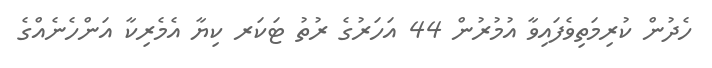
ހެދުން ކުރިމަތިވެފައިވާ އުމުރުން 44 އަހަރުގެ ރުތު ޓަކަރ ކިޔާ އެމެރިކާ އަންހެނެއްގެ